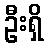
ဦးရှိ